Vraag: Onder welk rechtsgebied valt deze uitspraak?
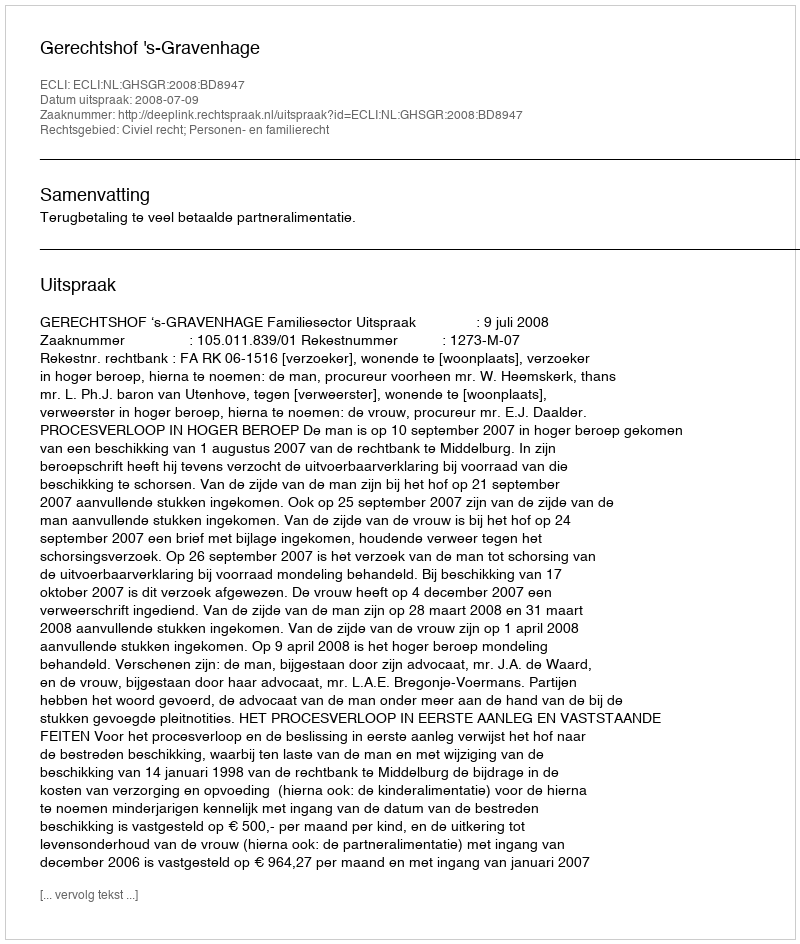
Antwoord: Civiel recht; Personen- en familierecht